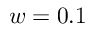
w = 0 . 1